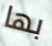
بها